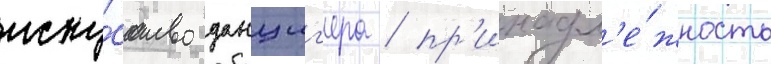
иску́сство данциг'ера / пр'инадл'е́жность